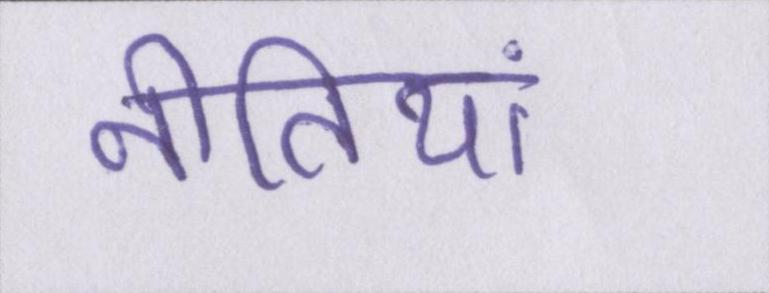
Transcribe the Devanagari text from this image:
नीतियां